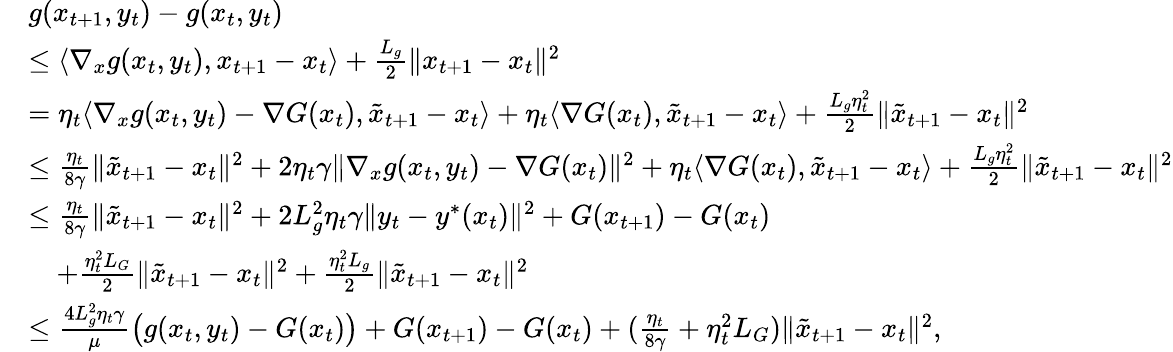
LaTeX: \begin{array}{rl}&{g(x_{t+1},y_{t})-g(x_{t},y_{t})}\\ &{\leq\langle\nabla_{x}g(x_{t},y_{t}),x_{t+1}-x_{t}\rangle+\frac{L_{g}}{2}\| x_{t+1}-x_{t}\| ^{2}}\\ &{=\eta_{t}\langle\nabla_{x}g(x_{t},y_{t})-\nabla G(x_{t}),\tilde{x}_{t+1}-x_{t}\rangle+\eta_{t}\langle\nabla G(x_{t}),\tilde{x}_{t+1}-x_{t}\rangle+\frac{L_{g}\eta_{t}^{2}}{2}\| \tilde{x}_{t+1}-x_{t}\| ^{2}}\\ &{\leq\frac{\eta_{t}}{8\gamma}\| \tilde{x}_{t+1}-x_{t}\| ^{2}+2\eta_{t}\gamma\| \nabla_{x}g(x_{t},y_{t})-\nabla G(x_{t})\| ^{2}+\eta_{t}\langle\nabla G(x_{t}),\tilde{x}_{t+1}-x_{t}\rangle+\frac{L_{g}\eta_{t}^{2}}{2}\| \tilde{x}_{t+1}-x_{t}\| ^{2}}\\ &{\leq\frac{\eta_{t}}{8\gamma}\| \tilde{x}_{t+1}-x_{t}\| ^{2}+2L_{g}^{2}\eta_{t}\gamma\| y_{t}-y^{*}(x_{t})\| ^{2}+G(x_{t+1})-G(x_{t})}\\ &{\quad+\frac{\eta_{t}^{2}L_{G}}{2}\| \tilde{x}_{t+1}-x_{t}\| ^{2}+\frac{\eta_{t}^{2}L_{g}}{2}\| \tilde{x}_{t+1}-x_{t}\| ^{2}}\\ &{\leq\frac{4L_{g}^{2}\eta_{t}\gamma}{\mu}\big(g(x_{t},y_{t})-G(x_{t})\big)+G(x_{t+1})-G(x_{t})+(\frac{\eta_{t}}{8\gamma}+\eta_{t}^{2}L_{G})\| \tilde{x}_{t+1}-x_{t}\| ^{2},}\end{array}